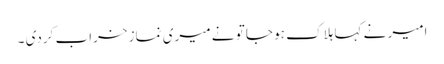
امیر نے کہا ہلاک ہو جا تو نے میری نماز خراب کردی ۔